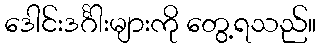
ဒေါင်းဒင်္ဂါးများကို တွေ့ရသည်။